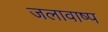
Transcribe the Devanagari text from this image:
जलावाष्प